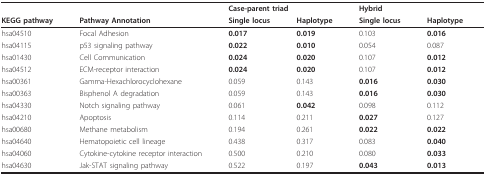
<table><thead><tr><td></td><td></td><td colspan="2"><b>Case-parent triad</b></td><td colspan="2"><b>Hybrid</b></td></tr><tr><td><b>KEGG pathway</b></td><td><b>Pathway Annotation</b></td><td><b>Single locus</b></td><td><b>Haplotype</b></td><td><b>Single locus</b></td><td><b>Haplotype</b></td></tr></thead><tbody><tr><td>hsa04510</td><td>Focal Adhesion</td><td><b>0.017</b></td><td><b>0.019</b></td><td>0.103</td><td><b>0.016</b></td></tr><tr><td>hsa04115</td><td>p53 signaling pathway</td><td><b>0.022</b></td><td><b>0.010</b></td><td>0.054</td><td>0.087</td></tr><tr><td>hsa01430</td><td>Cell Communication</td><td><b>0.024</b></td><td><b>0.020</b></td><td>0.107</td><td><b>0.012</b></td></tr><tr><td>hsa04512</td><td>ECM-receptor interaction</td><td><b>0.024</b></td><td><b>0.020</b></td><td>0.107</td><td><b>0.012</b></td></tr><tr><td>hsa00361</td><td>Gamma-Hexachlorocyclohexane</td><td>0.059</td><td>0.143</td><td><b>0.016</b></td><td><b>0.030</b></td></tr><tr><td>hsa00363</td><td>Bisphenol A degradation</td><td>0.059</td><td>0.143</td><td><b>0.016</b></td><td><b>0.030</b></td></tr><tr><td>hsa04330</td><td>Notch signaling pathway</td><td>0.061</td><td><b>0.042</b></td><td>0.098</td><td>0.112</td></tr><tr><td>hsa04210</td><td>Apoptosis</td><td>0.114</td><td>0.211</td><td><b>0.027</b></td><td>0.127</td></tr><tr><td>hsa00680</td><td>Methane metabolism</td><td>0.194</td><td>0.261</td><td><b>0.022</b></td><td><b>0.022</b></td></tr><tr><td>hsa04640</td><td>Hematopoietic cell lineage</td><td>0.438</td><td>0.317</td><td>0.083</td><td><b>0.040</b></td></tr><tr><td>hsa04060</td><td>Cytokine-cytokine receptor interaction</td><td>0.500</td><td>0.210</td><td>0.080</td><td><b>0.033</b></td></tr><tr><td>hsa04630</td><td>Jak-STAT signaling pathway</td><td>0.522</td><td>0.197</td><td><b>0.043</b></td><td><b>0.013</b></td></tr></tbody></table>